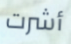
أشرت